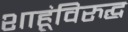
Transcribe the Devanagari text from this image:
शाहूंविरुद्घ